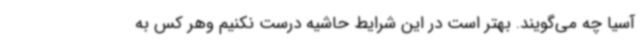
آسیا چه می‌گویند. بهتر است در این شرایط حاشیه درست نکنیم وهر کس به